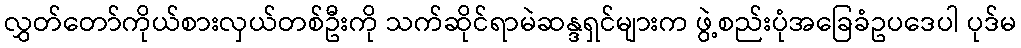
လွှတ်တော်ကိုယ်စားလှယ်တစ်ဦးကို သက်ဆိုင်ရာမဲဆန္ဒရှင်များက ဖွဲ့စည်းပုံအခြေခံဥပဒေပါ ပုဒ်မ